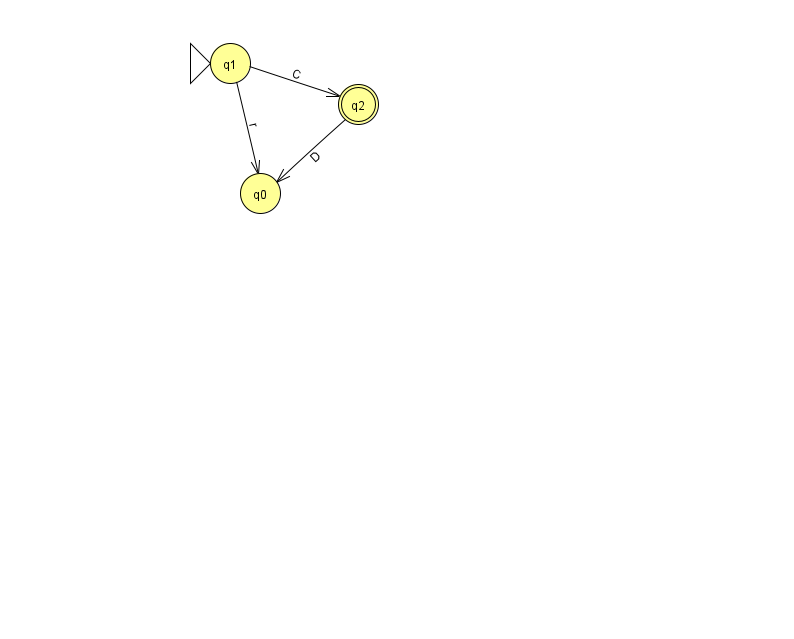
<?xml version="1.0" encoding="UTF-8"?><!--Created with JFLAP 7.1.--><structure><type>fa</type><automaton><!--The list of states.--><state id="0" name="q0"><x>260.0</x><y>180.0</y></state><state id="1" name="q1"><x>230.0</x><y>50.0</y><initial/></state><state id="2" name="q2"><x>358.0</x><y>91.0</y><final/></state><!--The list of transitions.--><transition><from>2</from><to>0</to><read>D</read></transition><transition><from>1</from><to>2</to><read>C</read></transition><transition><from>1</from><to>0</to><read>r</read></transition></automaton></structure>